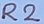
Text: R2